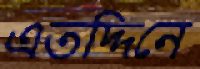
এতদ্দিনে